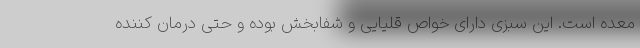
معده است. این سبزی دارای خواص قلیایی و شفابخش بوده و حتی درمان کننده